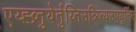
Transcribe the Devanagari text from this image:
एय्ह्व्र्तुयेर्तुय्तिउत्र्य्त्यिउएयुर्तिउ